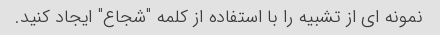
نمونه ای از تشبیه را با استفاده از کلمه "شجاع" ایجاد کنید.